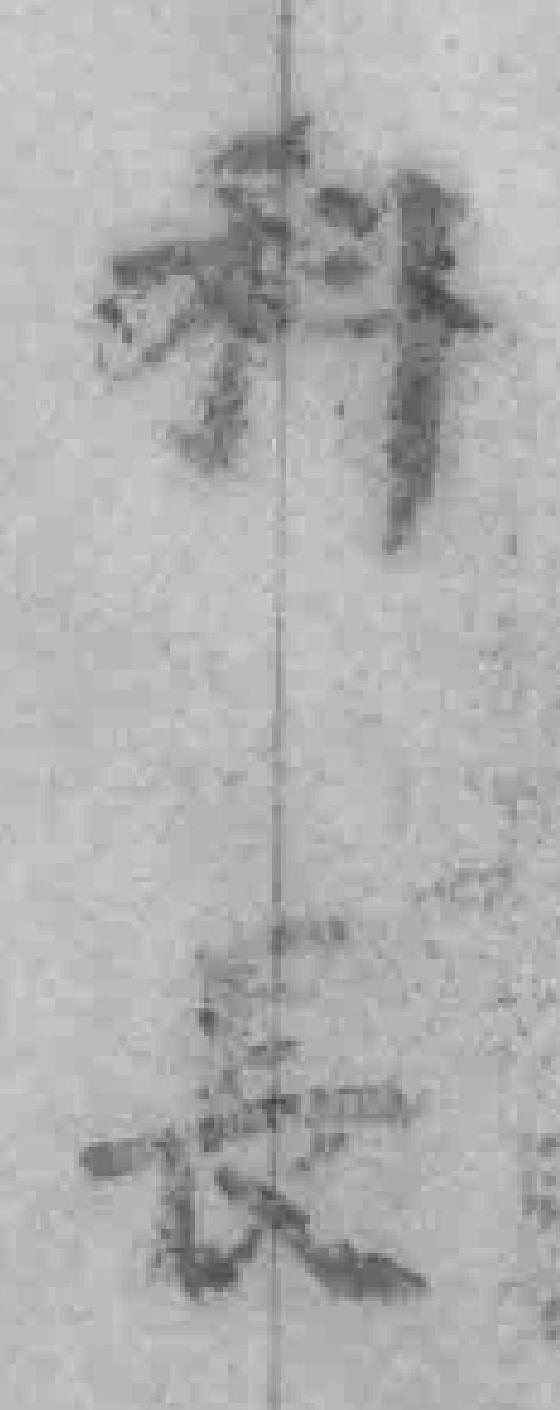
科長